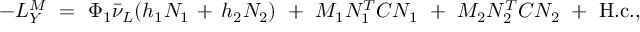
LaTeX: - { \cal L } _ { Y } ^ { M } \ = \ \Phi _ { 1 } \bar { \nu } _ { L } ( h _ { 1 } N _ { 1 } \, + \, h _ { 2 } N _ { 2 } ) \ + \ M _ { 1 } N _ { 1 } ^ { T } C N _ { 1 } \ + \ M _ { 2 } N _ { 2 } ^ { T } C N _ { 2 } \ + \ \mathrm { H . c . } ,